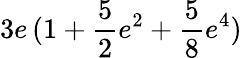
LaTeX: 3e\, (1+\frac 52e^{2}+\frac 58e^{4})